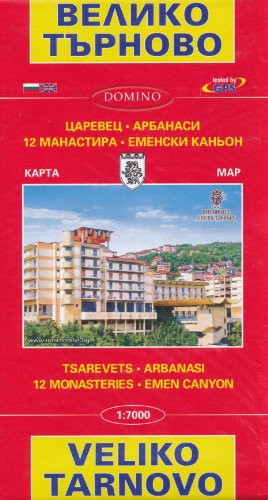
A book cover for Veliko Tarnovo (Bulgaria) Street Map; Domino Bulgaria; Travel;